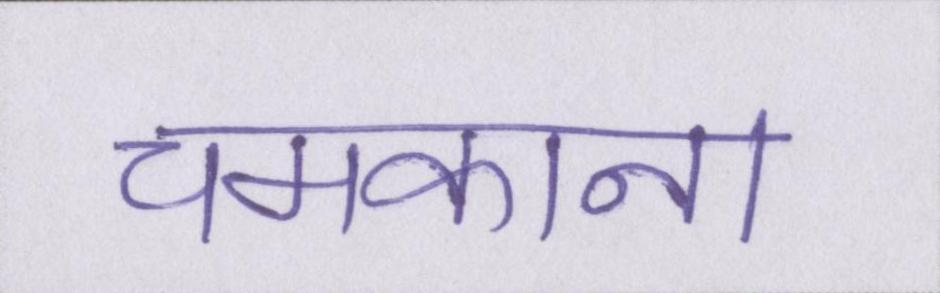
चमकाना